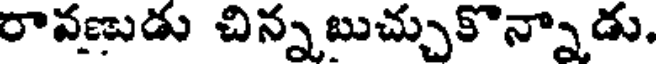
రావణుడు చిన్నబుచ్చుకొన్నాడు.